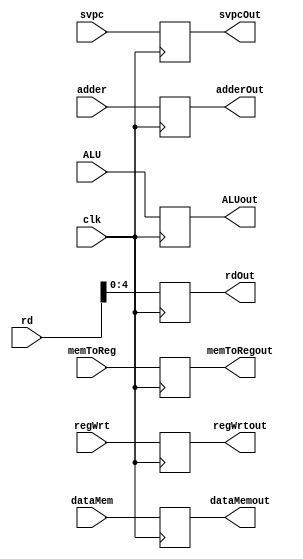
`timescale 1ns / 1ps
//////////////////////////////////////////////////////////////////////////////////
// Company: 
// Engineer: 
// 
// Design Name: 
// Module Name: EXWB
// Project Name: 
// Target Devices: 
// Tool Versions: 
// Description: 
// 
// Dependencies: 
// 
// Revision:
// Revision 0.01 - File Created
// Additional Comments:
// 
//////////////////////////////////////////////////////////////////////////////////



module EXWB(clk, memToReg, dataMem, ALU, regWrt, rd, adder, svpc, memToRegout, dataMemout, ALUout, regWrtout, rdOut, adderOut, svpcOut);
input clk;
input memToReg;
input [31:0] dataMem;
input [31:0] ALU;
input regWrt;
input [5:0] rd;
input [31:0] adder;
input svpc;

output reg memToRegout;
output reg [31:0] dataMemout;
output reg [31:0] ALUout;
output reg regWrtout;
output reg [4:0] rdOut;
output reg [31:0] adderOut;
output reg svpcOut;

always@(posedge clk)
begin

memToRegout = memToReg;
dataMemout = dataMem;
ALUout = ALU;
regWrtout = regWrt;
rdOut = rd;
adderOut = adder;
svpcOut = svpc;

end
endmodule